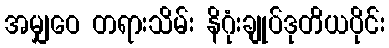
အမျှဝေ တရားသိမ်း နိဂုံးချုပ်ဒုတိယပိုင်း